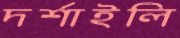
দর্শাইলি